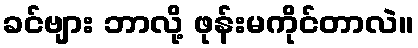
ခင်ဗျား ဘာလို့ ဖုန်းမကိုင်တာလဲ။